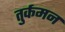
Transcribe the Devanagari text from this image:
तुर्कमन